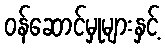
ဝန်ဆောင်မှုများနှင့်